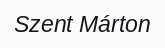
Szent Márton